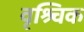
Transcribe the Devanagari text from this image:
वृश्र्चिक